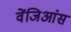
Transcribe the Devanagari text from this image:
वेंजिआंस